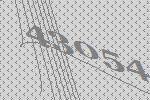
43054